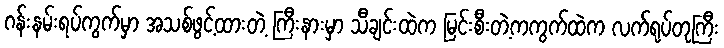
ဂန်းနမ်းရပ်ကွက်မှာ အသစ်ဖွင့်ထားတဲ့ ကြီးနားမှာ သီချင်းထဲက မြင်းစီးတဲ့ကကွက်ထဲက လက်ရုပ်တုကြီး